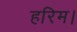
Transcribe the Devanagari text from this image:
हरिम।